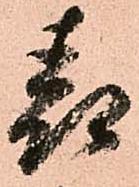
表